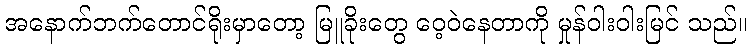
အနောက်ဘက်တောင်ရိုးမှာတော့ မြူခိုးတွေ ဝေ့ဝဲနေတာကို မှုန်ဝါးဝါးမြင် သည်။